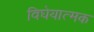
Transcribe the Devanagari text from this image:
विघेयात्मक